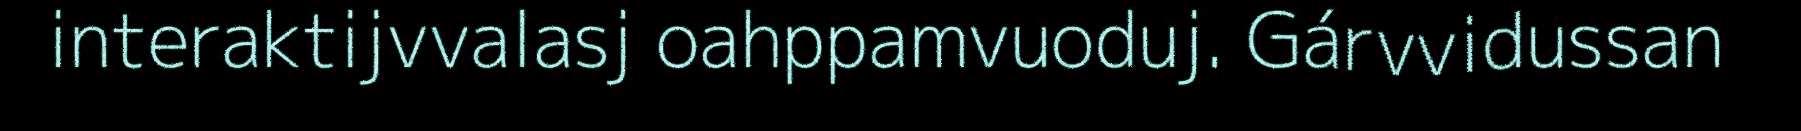
interaktijvvalasj oahppamvuoduj. Gárvvidussan